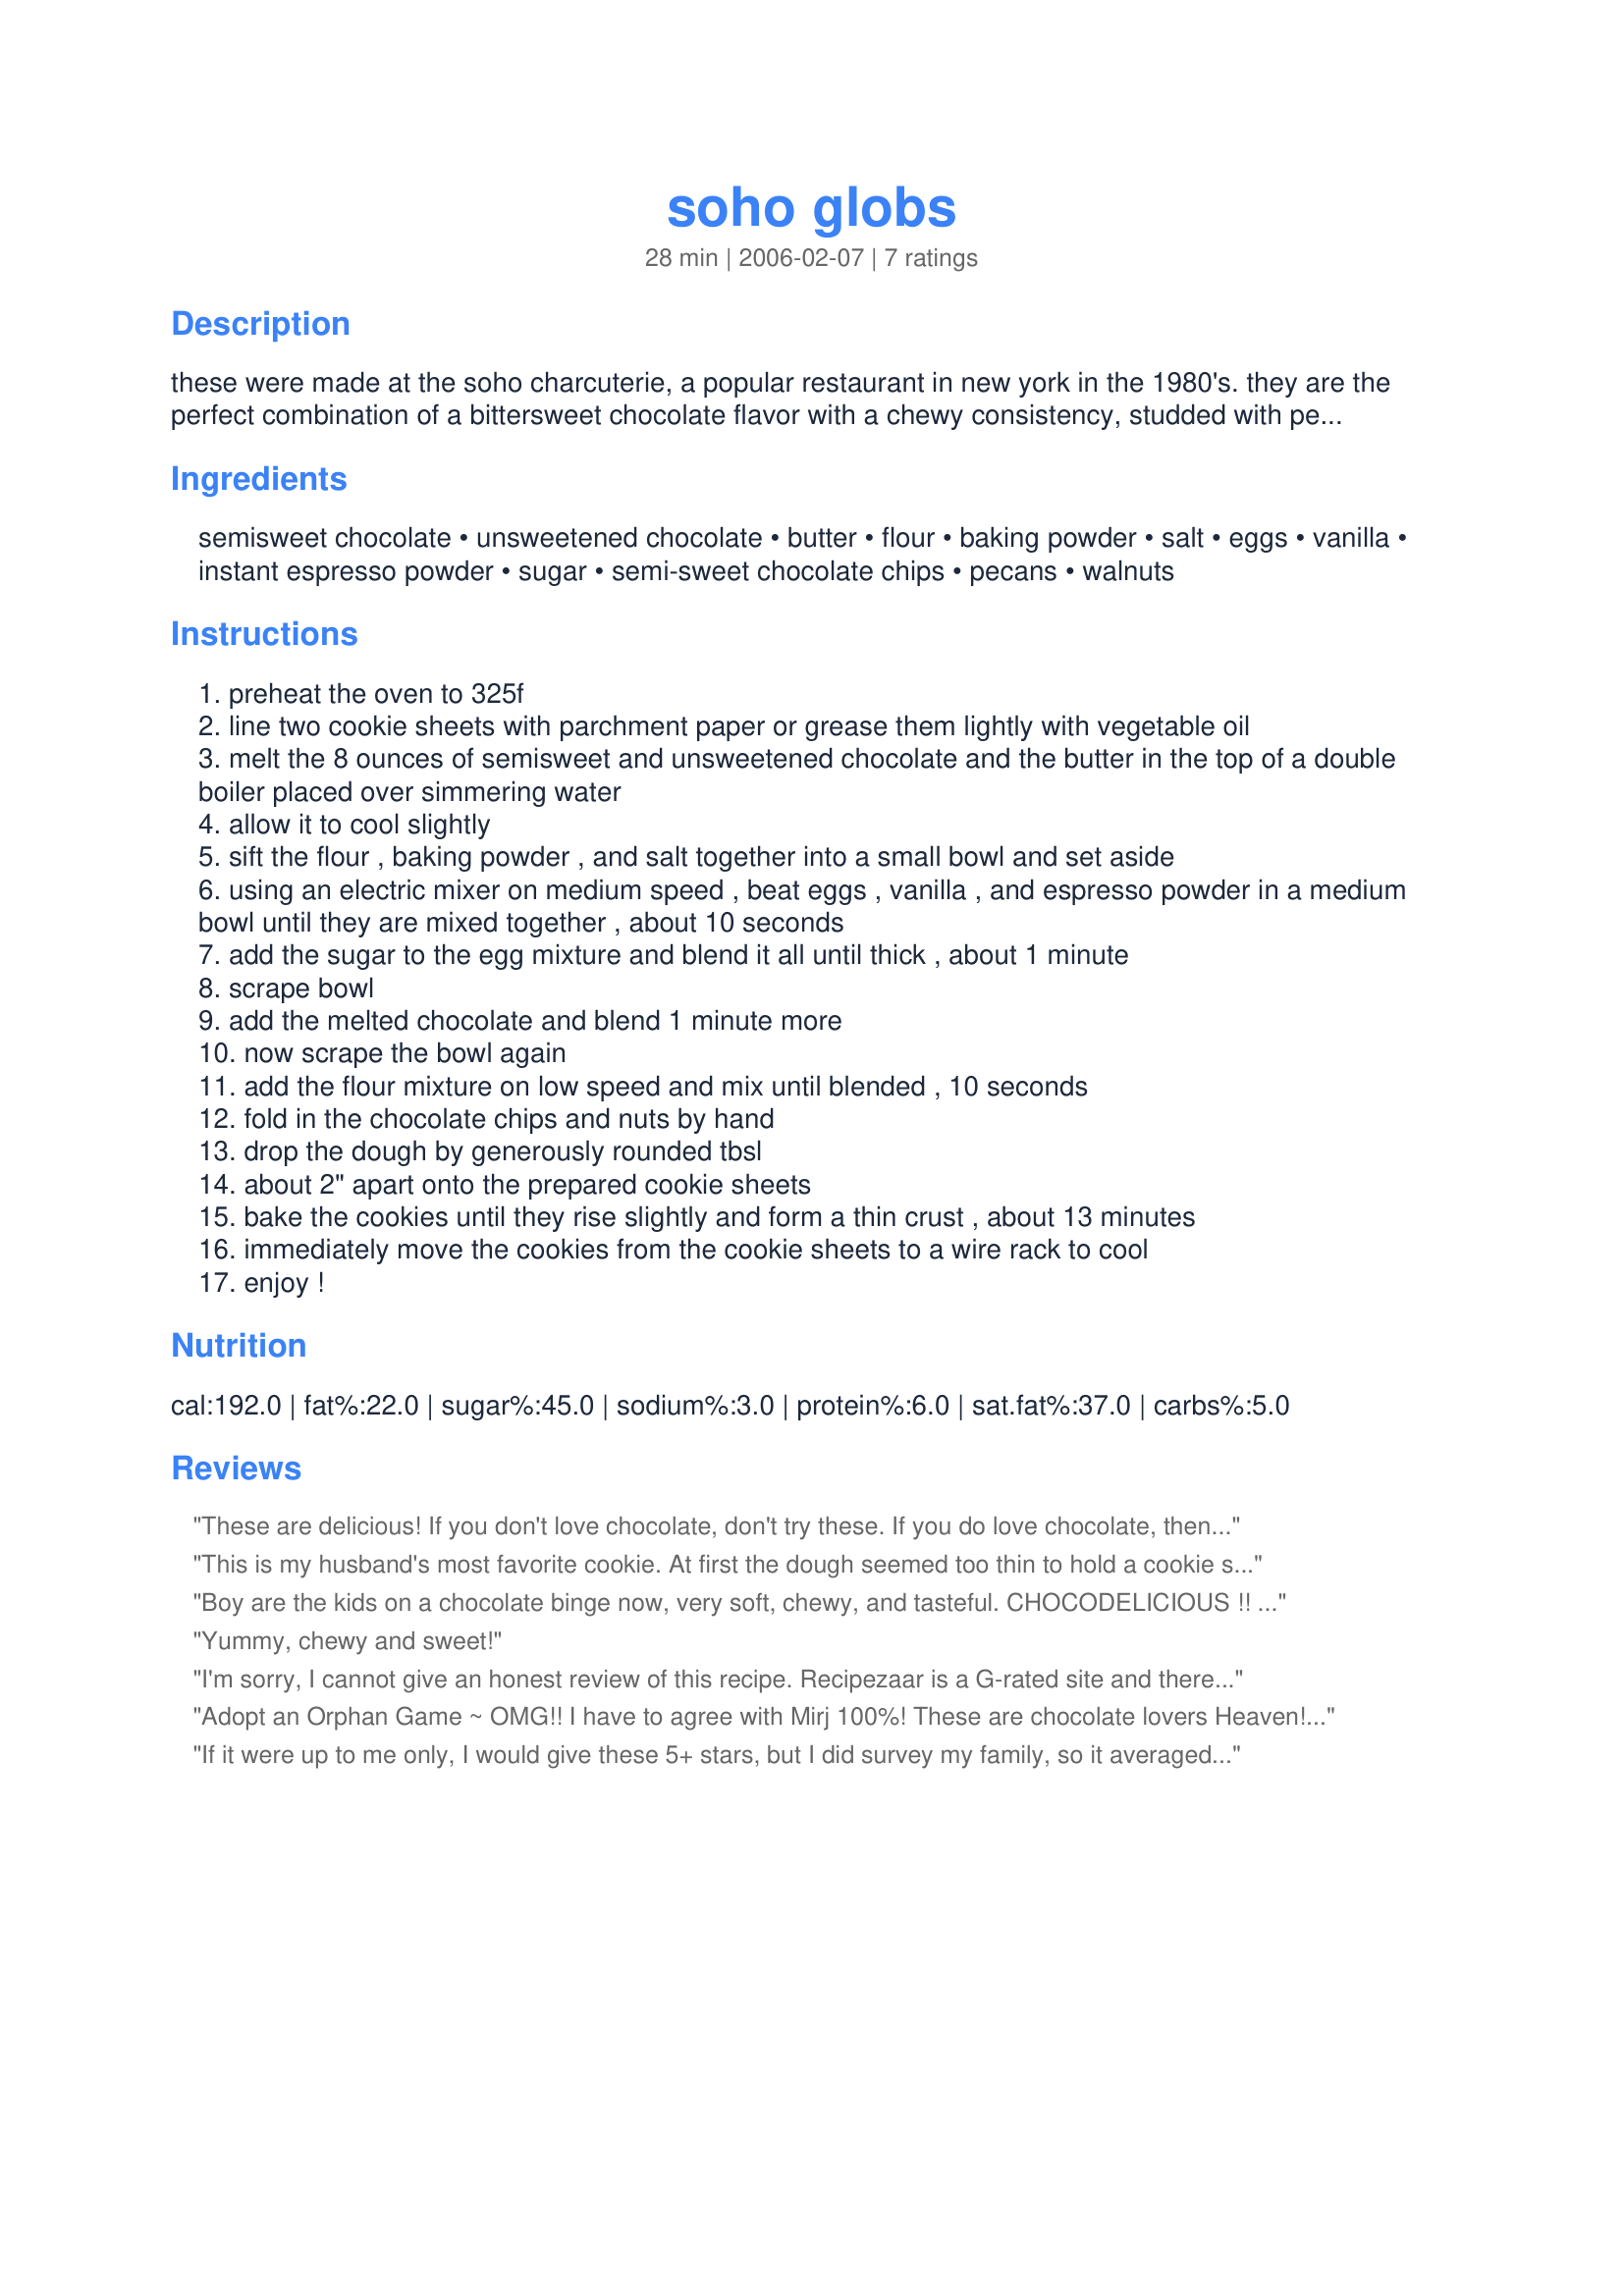
soho globs
Preparation time: 28 minutes

these were made at the soho charcuterie, a popular restaurant in new york in the 1980's. they are the perfect combination of a bittersweet chocolate flavor with a chewy consistency, studded with pecans and chocolate chips.

Ingredients:
semisweet chocolate, unsweetened chocolate, butter, flour, baking powder, salt, eggs, vanilla, instant espresso powder, sugar, semi-sweet chocolate chips, pecans, walnuts

Steps:
preheat the oven to 325f
line two cookie sheets with parchment paper or grease them lightly with vegetable oil
melt the 8 ounces of semisweet and unsweetened chocolate and the butter in the top of a double boiler placed over simmering water
allow it to cool slightly
sift the flour , baking powder , and salt together into a small bowl and set aside
using an electric mixer on medium speed , beat eggs , vanilla , and espresso powder in a medium bowl until they are mixed together , about 10 seconds
add the sugar to the egg mixture and blend it all until thick , about 1 minute
scrape bowl
add the melted chocolate and blend 1 minute more
now scrape the bowl again
add the flour mixture on low speed and mix until blended , 10 seconds
fold in the chocolate chips and nuts by hand
drop the dough by generously rounded tbsl
about 2" apart onto the prepared cookie sheets
bake the cookies until they rise slightly and form a thin crust , about 13 minutes
immediately move the cookies from the cookie sheets to a wire rack to cool
enjoy !

Reviews:
These are delicious! If you don't love chocolate, don't try these. If you do love chocolate, then you definitely need to try these! They are decadent. Thanks for sharing.
This is my husband's most favorite cookie. At first the dough seemed too thin to hold a cookie shape but it did. After the first batch of cookies came out of the oven, the dough had stiffened up a little and they were easier to drop on the cookie sheet. My cookies were definitely more puffy than the ones in the photos. I followed the directions exactly and got about 20 cookies, as stated.
Boy are the kids on a chocolate binge now, very soft, chewy, and tasteful. CHOCODELICIOUS !! Made for PRMR tag. :)
Yummy, chewy and sweet!
I'm sorry, I cannot give an honest review of this recipe. Recipezaar is a G-rated site and there are children here, and to give an absolute honest review would land me in violation of the Terms of Service. Let's just say there's a certain scene from When Harry Met Sally that adequately portrays my reaction to eating these amazing cookies. 'Nuff said.
Adopt an Orphan Game ~ OMG!! I have to agree with Mirj 100%! These are chocolate lovers Heaven!! I can't believe that the person who adopted these in the previous game never made them...they don't know what they missed. I made these pretty big, about 3-4 inches across, so only came out with 13 of them. Very rich and moist. Thank you again Sharon for another great recipe!
If it were up to me only, I would give these 5+ stars, but I did survey my family, so it averaged out among 4 people to 4 stars. These are INTENSELY chocolate and the texture is brownie-like. I chopped the nuts smallish. These were heaven to me. Heaven. For my hubby, they were too chocolaty (AS IF). Also, he thought that the brownie-like-ness was a negative for cookies. He wanted something more cookie-like (I guess crisper or crunchier?) And for my older daughter, she's not big on nuts. But if you think there is no such thing as too much chocolate and chocolate with choc chips is a big plus, and brownie-like is good, then these are definitely for you. I suppose you could always leave the nuts out if you don't care for nuts. I will definitely make these again. I think they are a good special occasion cookie for cookie trays and parties and such.
